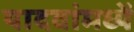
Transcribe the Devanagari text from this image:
यादवांमध्यें